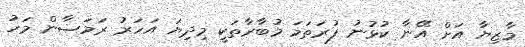
މާޒިޔާ އަށް އޭނާ ކުޅުނު ފުރަތަމަ މުބާރާތަކީ މިދިޔަ އަހަރު ރަމަޟާން މަހު